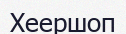
Хеершоп